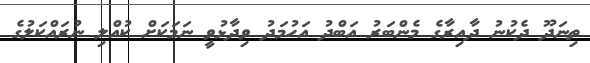
ތިނަދޫ ދެކުނު ދާއިރާގެ މެންބަރު އަބްދު އަހުމަދު ވިދާޅުވީ ނަމަކަށް ކުއްލި ނުރައްކަލުގެ